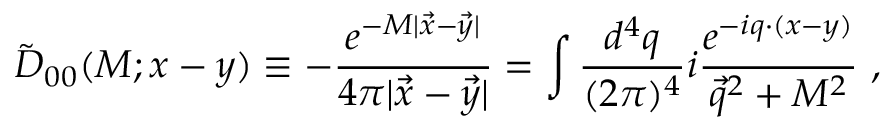
\tilde { D } _ { 0 0 } ( M ; x - y ) \equiv - { \frac { e ^ { - M | \vec { x } - \vec { y } | } } { 4 \pi | \vec { x } - \vec { y } | } } = \int { \frac { d ^ { 4 } q } { ( 2 \pi ) ^ { 4 } } } i { \frac { e ^ { - i q \cdot ( x - y ) } } { \vec { q } ^ { 2 } + M ^ { 2 } } } ~ ,